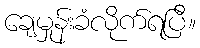
ချေမှုန်းခံလိုက်ရပြီ။